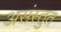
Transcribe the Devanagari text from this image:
असंस्तुत